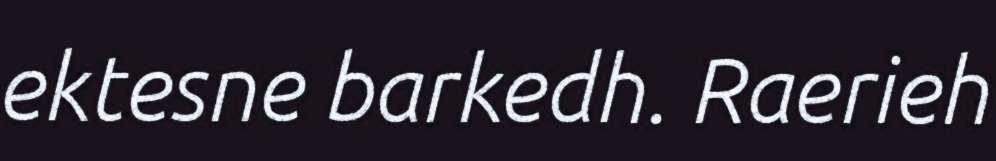
ektesne barkedh. Raerieh